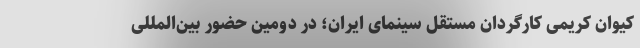
کیوان کریمی کارگردان مستقل سینمای ایران؛ در دومین حضور بین‌المللی